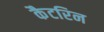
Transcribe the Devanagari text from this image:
कैटरिन